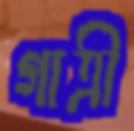
গাত্রী